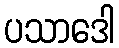
ပသာဒေါ